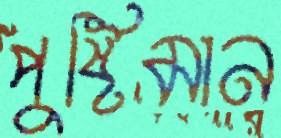
পুষ্টিমান